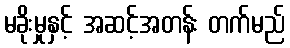
မခိုးမှုနှင့် အဆင့်အတန်း တက်မည်